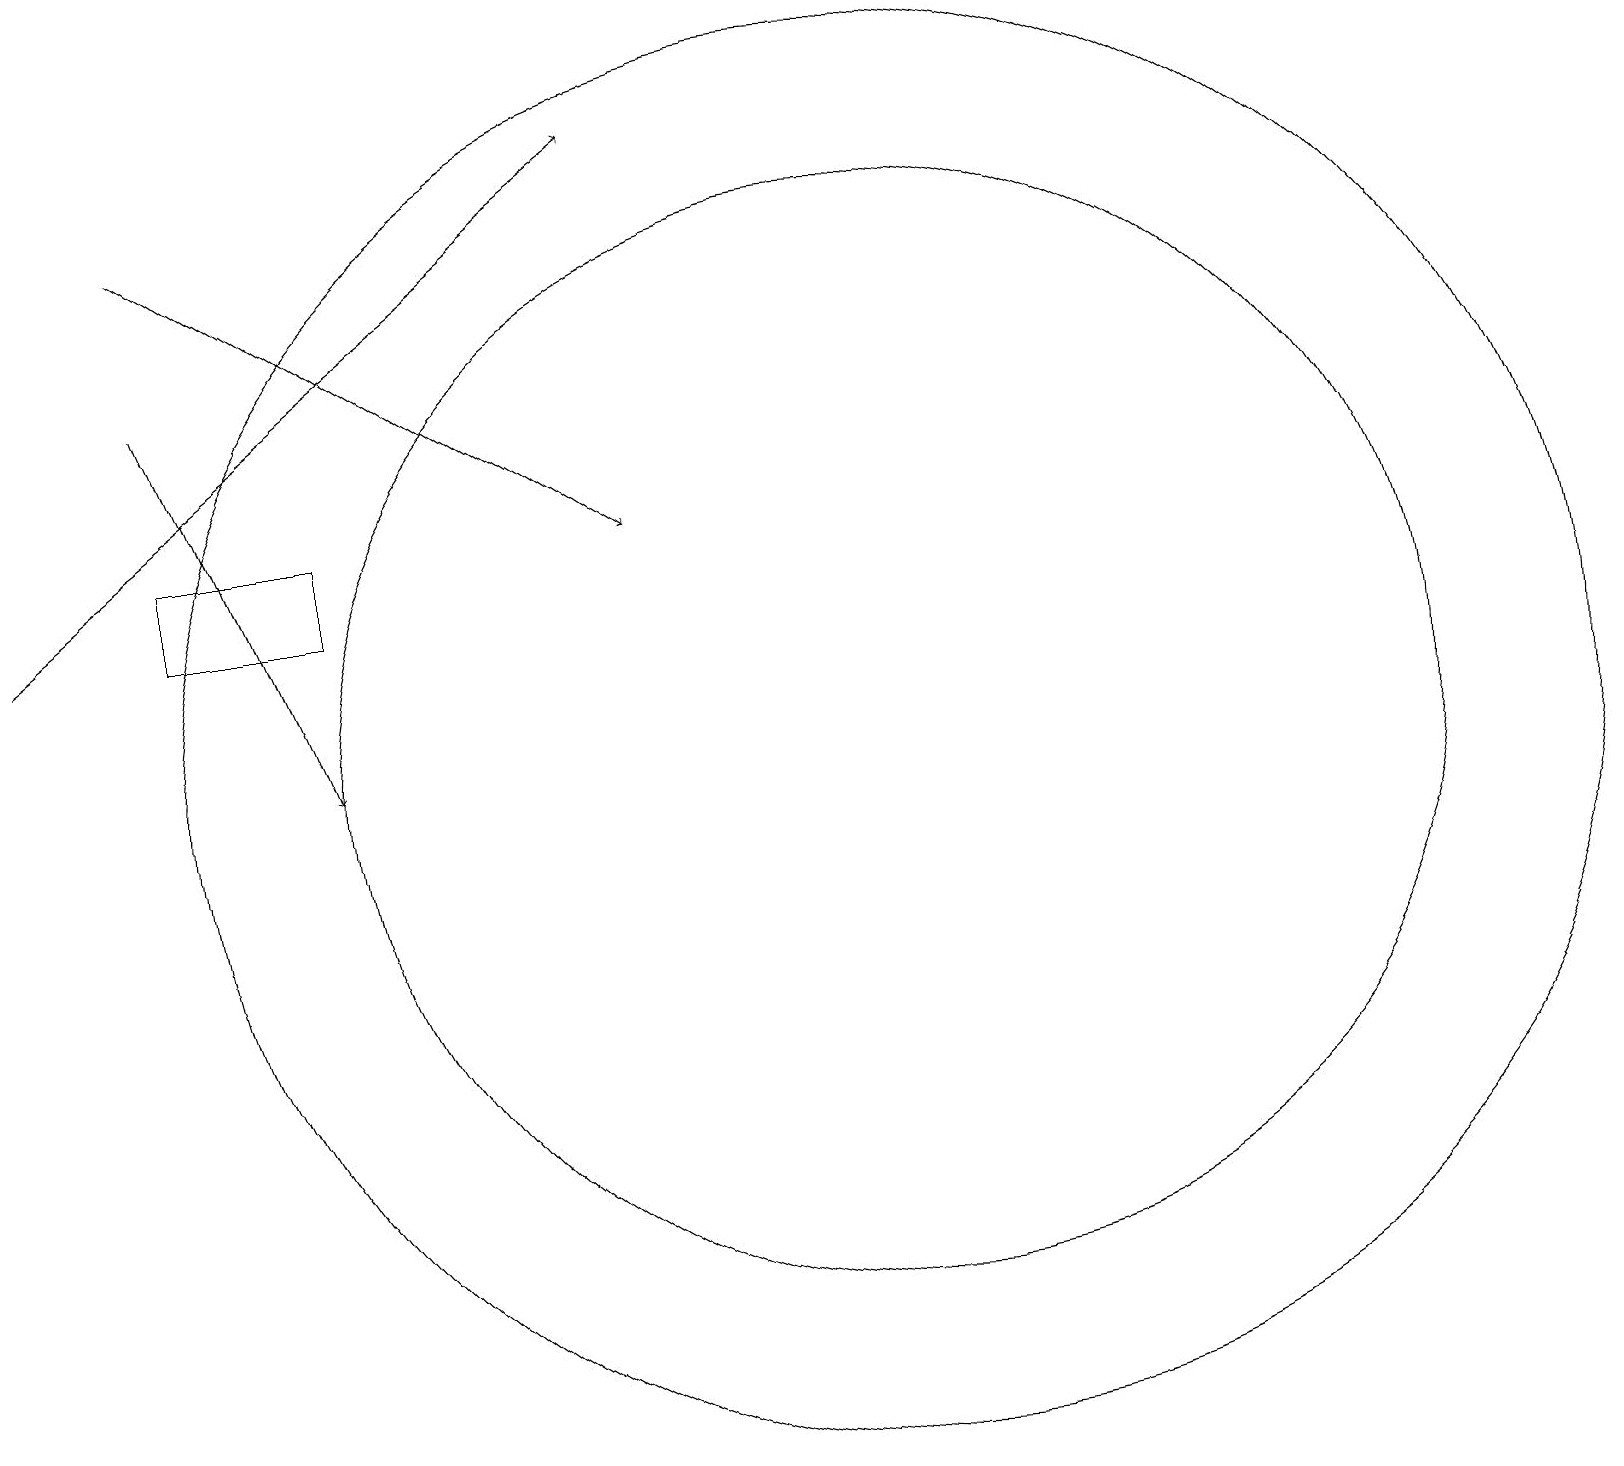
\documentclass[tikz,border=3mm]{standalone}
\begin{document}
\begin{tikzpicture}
\draw (11,10) circle (9);
\draw (12,10) circle (0);
\draw[->] (2,17) -- (8,13);
\draw[->] (0,12) -- (8,18);
\draw (2,13) rectangle (4,12);
\draw[->] (2,15) -- (4,10);
\draw (11,10) circle (7);
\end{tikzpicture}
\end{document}